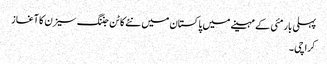
پہلی بار مئی کے مہینے میں پاکستان میں نئے کاٹن جننگ سیزن کا آغاز
کراچی ۔